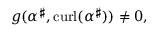
g ( \alpha ^ { \sharp } , \mathrm { c u r l } ( \alpha ^ { \sharp } ) ) \neq 0 ,